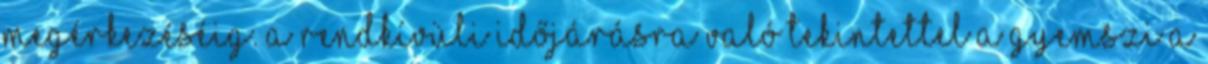
megérkezéséig. A rendkívüli időjárásra való tekintettel a GYEMSZI a